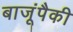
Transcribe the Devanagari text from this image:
बाजूंपैकी